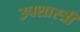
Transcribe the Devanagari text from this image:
उपशास्त्री